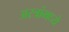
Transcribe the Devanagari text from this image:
अस्त्रांमध्ये